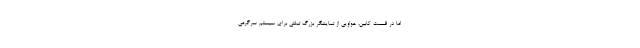
اما در قسمت کابین، هواویی از تمایشگر بزرگ تبلتی برای سیستم سرگرمی